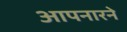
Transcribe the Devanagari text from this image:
आपनारने